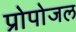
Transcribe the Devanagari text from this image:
प्रोपोजल